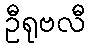
ဦရုဗလီ